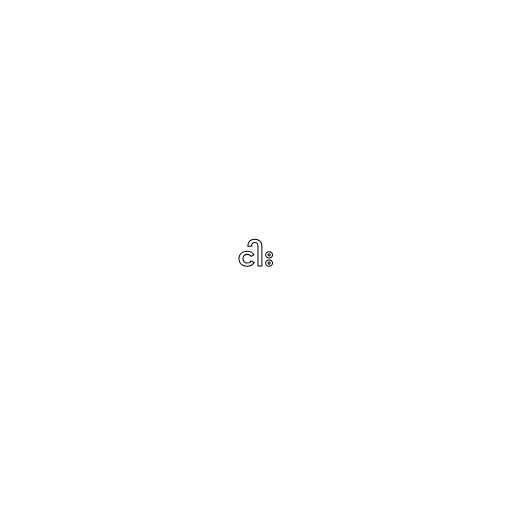
ငါး